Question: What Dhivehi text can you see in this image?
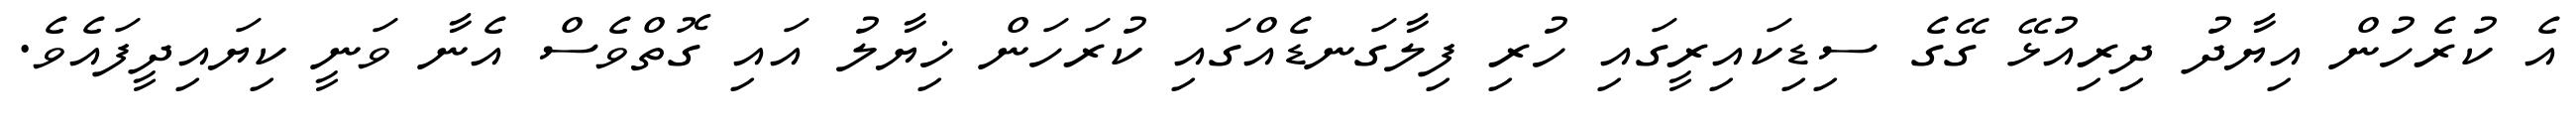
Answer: އެ ކުރެހުން އިޔާދު ދިރިއުޅޭ ގޭގެ ސިޑިކައިރީގައި ހުރި ފިލާގަނޑެއްގައި ކުރަހަން ޚިޔާލު އައި ގޮތްވެސް އެނާ ވަނީ ކިޔައިދީފައެވެ.